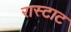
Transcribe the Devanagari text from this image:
रास्टाट